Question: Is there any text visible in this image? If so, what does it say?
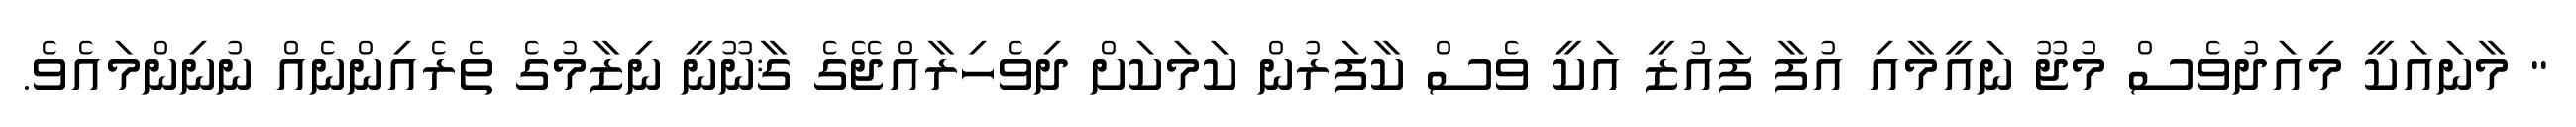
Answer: " މާނައަކީ މިއަދުވެސް މުޖޫ ނައީމާއި އުފާ ފައުޒީ އަކީ ވެސް ކާފަރުން ކަމަކަށް ދިވެހިރާއްޖޭގެ ޤާނޫނީ ނިޒާމުގެ ތެރެއިންނެއް ނުނިންމައެވެ.